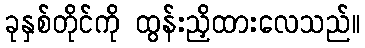
ခုနှစ်တိုင်ကို ထွန်းညှိထားလေသည်။